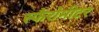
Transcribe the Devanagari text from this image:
स्फैरोमीटर